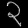
Digit: ၃